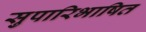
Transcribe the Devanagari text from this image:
सुपारिभाषित